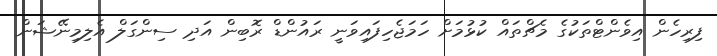
ފިރިހެން އިވެންޓްތަކުގެ މެޗްތައް ކުޅުމަށް ހަމަޖެހިފައިވަނީ ރައުންޑް ރޮބިން އަދި ސިންގަލް އެލިމިނޭޝަން